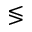
\lessgtr